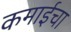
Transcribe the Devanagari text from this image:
कमाईचा